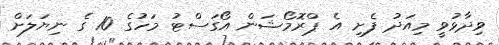
ވިދާޅުވީ މިއަދު ފެށި އެ ޕްރޮމޯޝަން އޯގަސްޓު މަހުގެ 10 ގެ ނިޔަލަށް